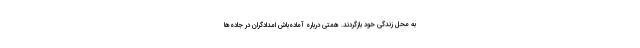
به محل زندگی خود بازگردند. همتی درباره آماده‌باش امدادگران در جاده‌ها